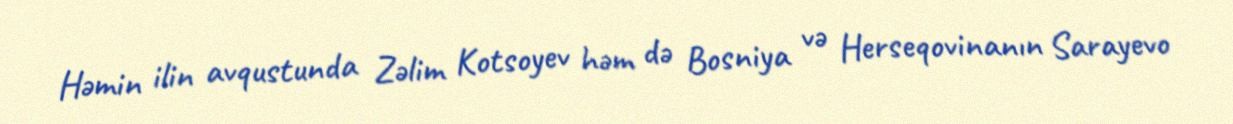
Həmin ilin avqustunda Zəlim Kotsoyev həm də Bosniya və Herseqovinanın Sarayevo